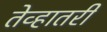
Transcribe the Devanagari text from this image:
तेव्हातरी